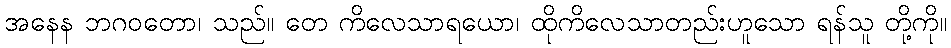
အနေန ဘဂဝတော၊ သည်။ တေ ကိလေသာရယော၊ ထိုကိလေသာတည်းဟူသော ရန်သူ တို့ကို။